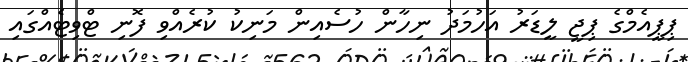
ޕިޕީއެމްގެ ޕިޖީ ލީޑަރު އަހުމަދު ނިހާން ހުސެއިން މަނިކު ކުރެއްވި ފޮނި ޓްވިޓެއްގައި